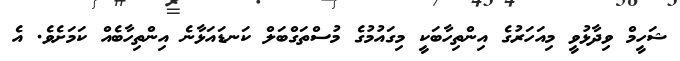
ޝަހީމް ވިދާޅުވީ މިއަހަރުގެ އިންތިހާބަކީ މިގައުމުގެ މުސްތަގްބަލް ކަނޑައަޅާނެ އިންތިހާބެއް ކަމަށެވެ. އެ